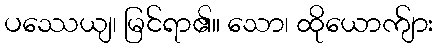
ပဿေယျ၊ မြင်ရာ၏။ သော၊ ထိုယောက်ျား